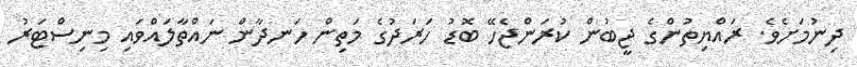
ދިނުމަށެވެ. ރައްޔިތުންގެ ޖީބުން ކުރަންޖެހޭ ބޮޑު ހަރަދުގެ މަތިން ހަނދާން ނައްތާލައްވައި މިނިސްޓަރު